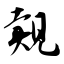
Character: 觌